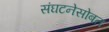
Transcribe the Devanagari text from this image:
संघटनेसोबत